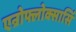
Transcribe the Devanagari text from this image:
एन्रोफ्लोक्सासिं